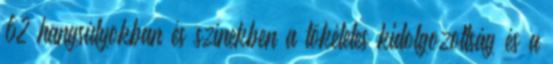
62 hangsúlyokban és színekben a tökéletes kidolgozottság és a